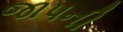
જાપની